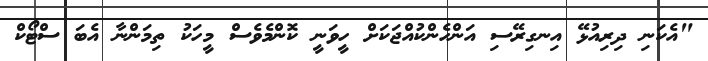
"އެކަނި ދިރިއުޅޭ އިނގިރޭސި އަންހެންކުއްޖަކަށް ހީވަނީ ކޮންމެވެސް މީހަކު ތިމަންނާ އެބަ ސްޓޯކް